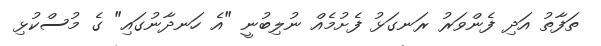
ތަފާތު އަދި ފެންވަރު ރަނގަޅު ފެށުމެއް ނުލިބުނީ "އެ ހަނދާނުގައި" ގެ މުސްކުޅި